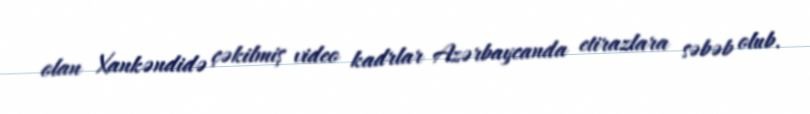
olan Xankəndidə çəkilmiş video kadrlar Azərbaycanda etirazlara səbəb olub.